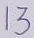
Text: 13